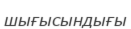
шығысындығы